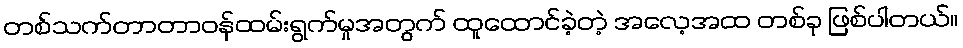
တစ်သက်တာတာဝန်ထမ်းရွက်မှုအတွက် ထူထောင်ခဲ့တဲ့ အလေ့အထ တစ်ခု ဖြစ်ပါတယ်။